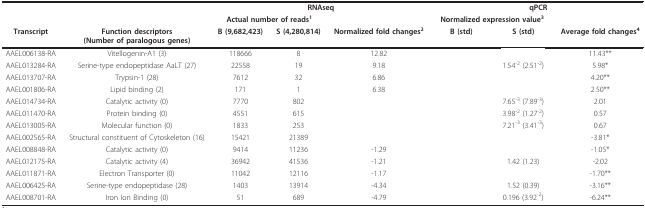
<table><thead><tr><td>[EMPTY_CELL]</td><td>[EMPTY_CELL]</td><td colspan="3"><b>RNAseq</b></td><td colspan="3"><b>qPCR</b></td></tr><tr><td>[EMPTY_CELL]</td><td>[EMPTY_CELL]</td><td colspan="2"><b>Actual number of reads<sup>1</sup></b></td><td>[EMPTY_CELL]</td><td colspan="2"><b>Normalized expression value<sup>3</sup></b></td><td>[EMPTY_CELL]</td></tr><tr><td><b>Transcript</b></td><td><b>Function descriptors(Number of paralogous genes)</b></td><td><b>B (9,682,423)</b></td><td><b>S (4,280,814)</b></td><td><b>Normalized fold changes<sup>2</sup></b></td><td><b>B (std)</b></td><td><b>S (std)</b></td><td><b>Average fold changes<sup>4</sup></b></td></tr></thead><tbody><tr><td>AAEL006138-RA</td><td>Vitellogenin-A1 (3)</td><td>118666</td><td>8</td><td>12.82</td><td>[EMPTY_CELL]</td><td>[EMPTY_CELL]</td><td>11.43**</td></tr><tr><td>AAEL013284-RA</td><td>Serine-type endopeptidase AaLT (27)</td><td>22558</td><td>19</td><td>9.18</td><td>[EMPTY_CELL]</td><td>1.54<sup>-2 </sup>(2.51<sup>-2</sup>)</td><td>5.98*</td></tr><tr><td>AAEL013707-RA</td><td>Trypsin-1 (28)</td><td>7612</td><td>32</td><td>6.86</td><td>[EMPTY_CELL]</td><td>[EMPTY_CELL]</td><td>4.20**</td></tr><tr><td>AAEL001806-RA</td><td>Lipid binding (2)</td><td>171</td><td>1</td><td>6.38</td><td>[EMPTY_CELL]</td><td>[EMPTY_CELL]</td><td>2.50**</td></tr><tr><td>AAEL014734-RA</td><td>Catalytic activity (0)</td><td>7770</td><td>802</td><td>[EMPTY_CELL]</td><td>[EMPTY_CELL]</td><td>7.65<sup>-3 </sup>(7.89<sup>-3</sup>)</td><td>2.01</td></tr><tr><td>AAEL011470-RA</td><td>Protein binding (0)</td><td>4551</td><td>615</td><td>[EMPTY_CELL]</td><td>[EMPTY_CELL]</td><td>3.98<sup>-2 </sup>(1.27<sup>-2</sup>)</td><td>0.57</td></tr><tr><td>AAEL013005-RA</td><td>Molecular function (0)</td><td>1833</td><td>253</td><td>[EMPTY_CELL]</td><td>[EMPTY_CELL]</td><td>7.21<sup>-3 </sup>(3.41<sup>-3</sup>)</td><td>0.67</td></tr><tr><td>AAEL002565-RA</td><td>Structural constituent of Cytoskeleton (16)</td><td>15421</td><td>21389</td><td>[EMPTY_CELL]</td><td>[EMPTY_CELL]</td><td>[EMPTY_CELL]</td><td>-3.81*</td></tr><tr><td>AAEL008848-RA</td><td>Catalytic activity (0)</td><td>9414</td><td>11236</td><td>-1.29</td><td>[EMPTY_CELL]</td><td>[EMPTY_CELL]</td><td>-1.05*</td></tr><tr><td>AAEL012175-RA</td><td>Catalytic activity (4)</td><td>36942</td><td>41536</td><td>-1.21</td><td>[EMPTY_CELL]</td><td>1.42 (1.23)</td><td>-2.02</td></tr><tr><td>AAEL011871-RA</td><td>Electron Transporter (0)</td><td>11042</td><td>12116</td><td>-1.17</td><td>[EMPTY_CELL]</td><td>[EMPTY_CELL]</td><td>-1.70**</td></tr><tr><td>AAEL006425-RA</td><td>Serine-type endopeptidase (28)</td><td>1403</td><td>13914</td><td>-4.34</td><td>[EMPTY_CELL]</td><td>1.52 (0.39)</td><td>-3.16**</td></tr><tr><td>AAEL008701-RA</td><td>Iron Ion Binding (0)</td><td>51</td><td>689</td><td>-4.79</td><td>[EMPTY_CELL]</td><td>0.196 (3.92<sup>-2</sup>)</td><td>-6.24**</td></tr></tbody></table>